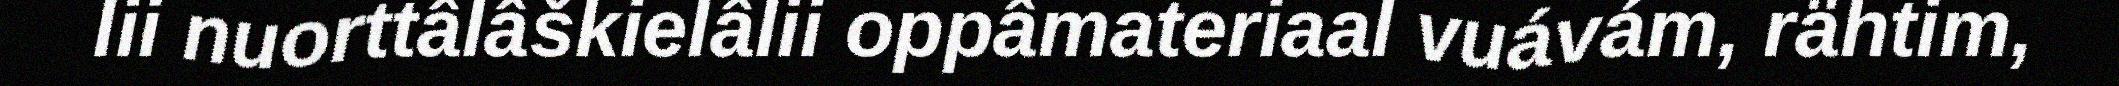
lii nuorttâlâškielâlii oppâmateriaal vuávám, rähtim,